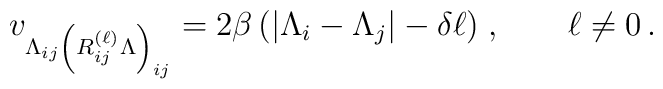
v_{\Lambda_{ij} \left(R_{ij}^{(\ell)}\Lambda \right)_{ij}}= 2\beta\,\big(|\Lambda_i-\Lambda_j|-\delta \ell\big)\; , \qquad \ell\not=0\,.